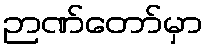
ဉာဏ်တော်မှာ